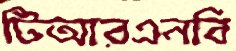
টিআরএনবি